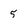
Character: 5